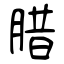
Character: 腊